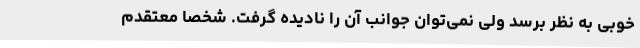
خوبی به نظر برسد ولی نمی‌توان جوانب آن را نادیده گرفت. شخصا معتقدم